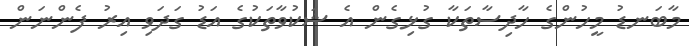
މާބަނޑު މީހުންގެ ހާދިސާތަކާ ގުޅިގެން އެ ޝަކުވާތަކުގެ އަޑު ގަދަވި އިރު ފެންނަން